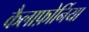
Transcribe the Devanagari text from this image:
कैलाफ़ोर्निया